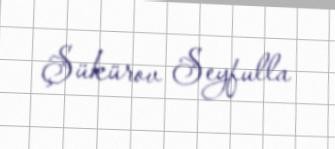
Şükürov Seyfulla